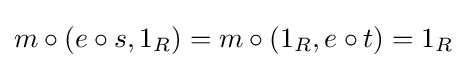
m\circ (e\circ s,1_{R})=m\circ (1_{R},e\circ t)=1_{R}